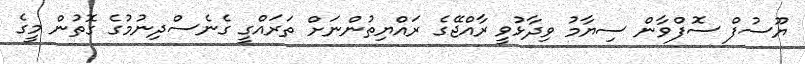
ޔޫސުފް ސޮފްވާން ސިޔާމު ވިދާޅުވީ ރާއްޖޭގެ ރައްޔިތުންނަށް ތަރައްގީ ގެނެސްދިނުމުގެ ގޮތުން މީގެ